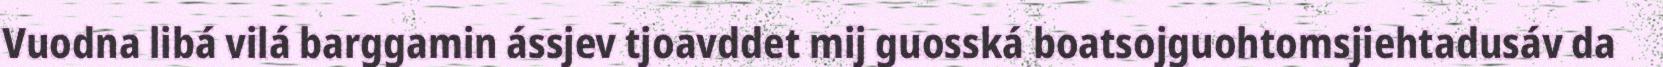
Vuodna libá vilá barggamin ássjev tjoavddet mij guosská boatsojguohtomsjiehtadusáv da